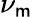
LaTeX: \nu_{\mathsf{m}}